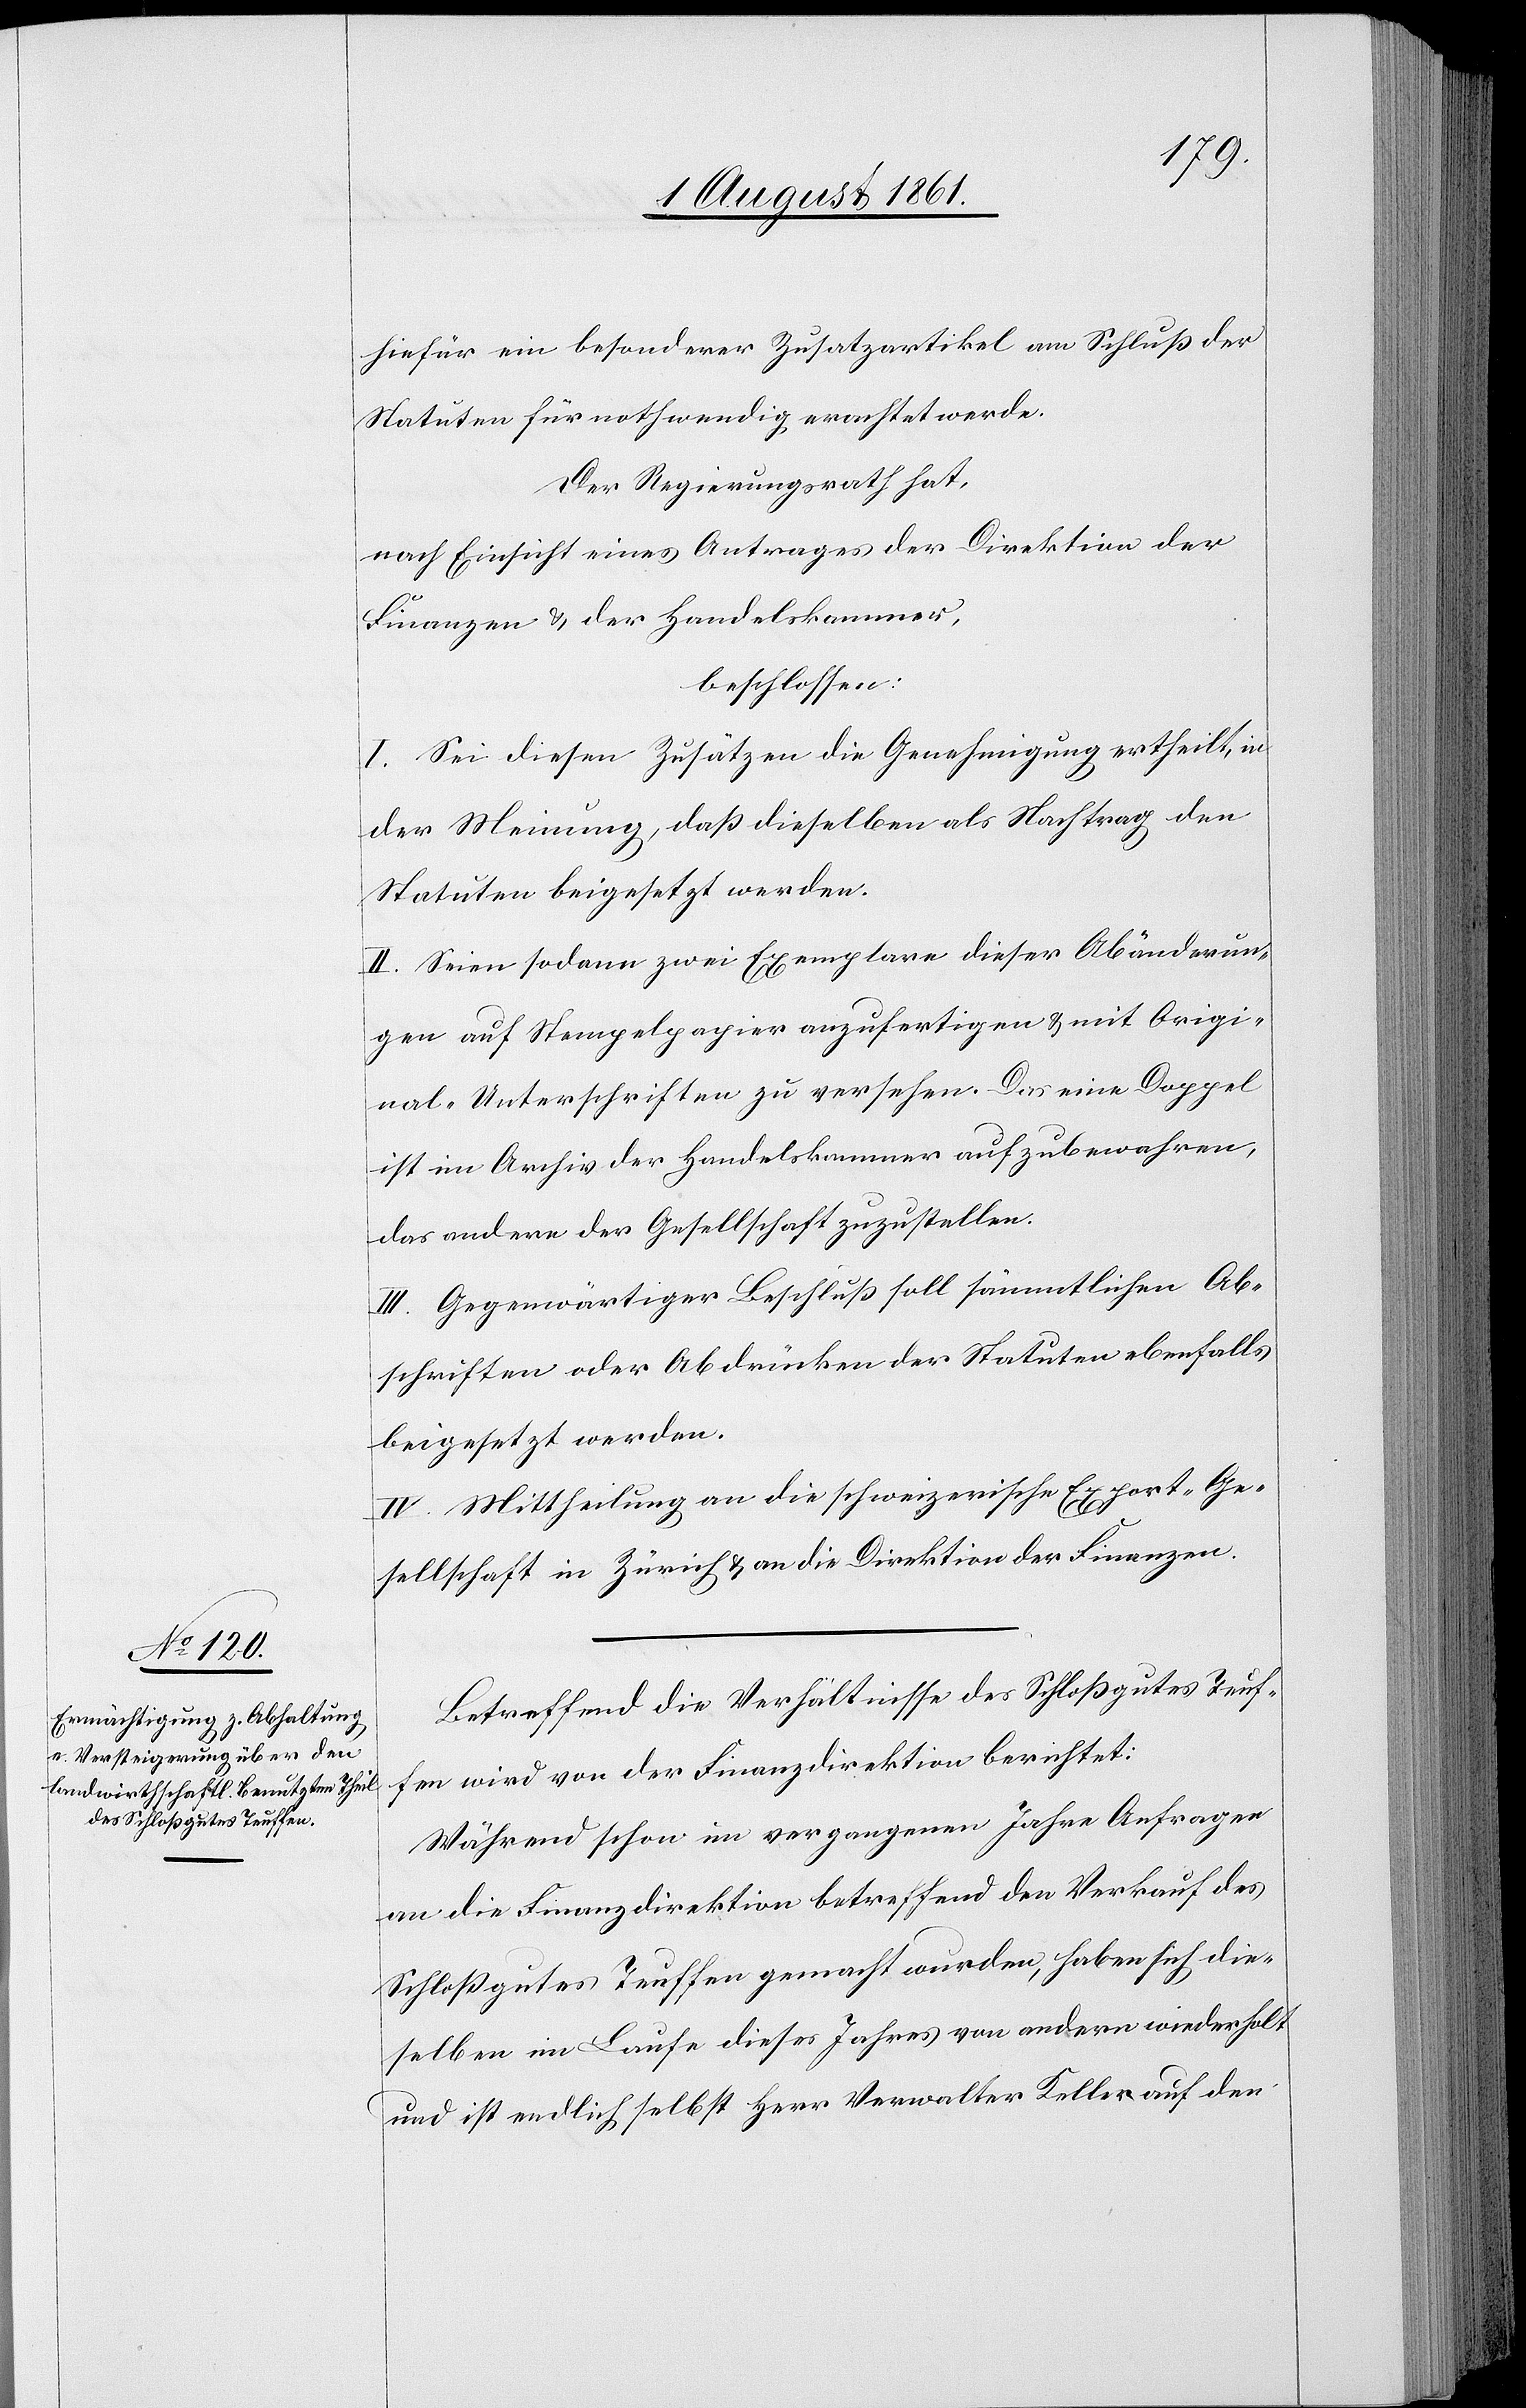
hiefür ein besonderer Zusatzartikel am Schluß der
Statuten für nothwendig erachtet werde.
Der Regierungsrath hat,
nach Einsicht eines Antrages der Direktion der
Finanzen u. der Handelskammer,
beschlossen:
I. Sei diesen Zusätzen die Genehmigung ertheilt, in
der Meinung, daß dieselben als Nachtrag den
Statuten beigesetzt werden.
II. Seien sodann zwei Exemplare dieser Abänderun¬
gen auf Stempelpapier anzufertigen u. mit Origi¬
nal-Unterschriften zu versehen. Das eine Doppel
ist im Archiv der Handelskammer aufzubewahren,
das andere der Gesellschaft zuzustellen.
III. Gegenwärtiger Beschluß soll sämmtlichen Ab¬
schriften oder Abdrücken der Statuten ebenfalls
beigesetzt werden.
IV. Mittheilung an die schweizerische Export-Ge¬
sellschaft in Zürich u. an die Direktion der Finanzen.
Betreffend die Verhältnisse des Schloßgutes Teuf¬
fen wird von der Finanzdirektion berichtet:
Während schon im vergangenen Jahre Anfragen
an die Finanzdirektion betreffend den Verkauf des
Schloßgutes Teuffen gemacht wurden, haben sich die¬
selben im Laufe dieses Jahres von andern wiederholt
und ist endlich Herr Verwalter Keller auf den